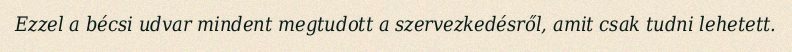
Ezzel a bécsi udvar mindent megtudott a szervezkedésről, amit csak tudni lehetett.